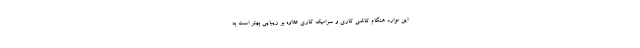
این موارد هنگام کاشی کاری و سرامیک کاری علاوه بر زیبایی بهتر است به